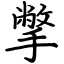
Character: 撆